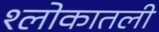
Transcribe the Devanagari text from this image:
श्लोकातली